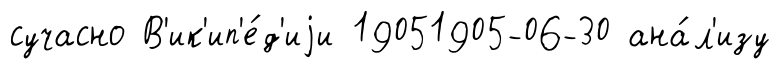
сучасно В'ик'ип'е́д'иjи 19051905-06-30 ана́л'изу